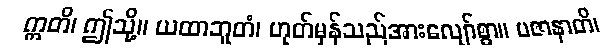
ဣတိ၊ ဤသို့။ ယထာဘူတံ၊ ဟုတ်မှန်သည်အားလျော်စွာ။ ပဇာနာတိ၊